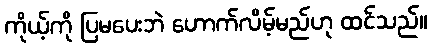
ကိုယ့်ကို ပြမပေးဘဲ ဟောက်လိမ့်မည်ဟု ထင်သည်။